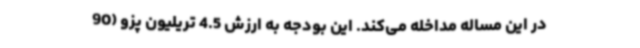
در این مساله مداخله می‌کند. این بودجه به ارزش 4.5 تریلیون پزو (90